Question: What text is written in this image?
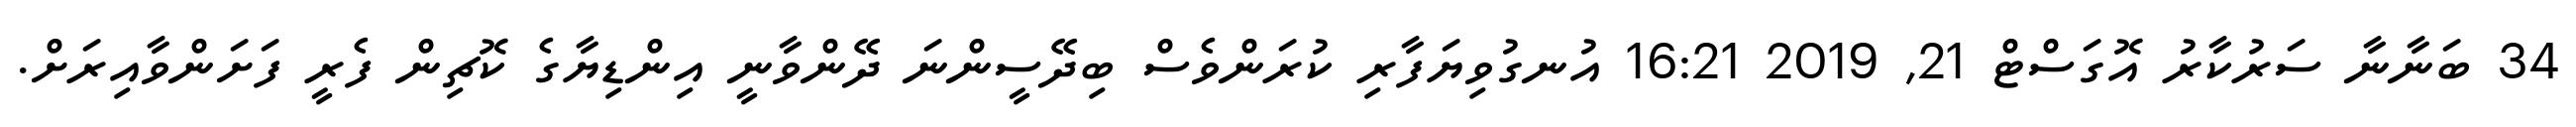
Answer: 34 ބަނާނާ ސަރުކާރު އޮގަސްޓް 21, 2019 16:21 އުނގުވިޔަފާރި ކުރަންވެސް ބިދޭސީންނަ ދޭންވާނީ އިންޑިޔާގެ ކޮޗިން ފެރީ ފަށަންވާއިރަށް.